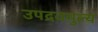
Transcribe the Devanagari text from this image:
उपद्रवमुल्य